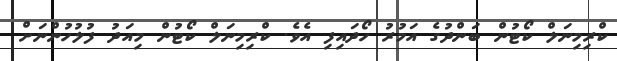
ކްރިމިނަލް ކޯޓުން ބަންދުގެ އަމުރު ހޯދައިފި އެވެ. ކްރިމިނަލް ކޯޓުން މިއަދު ފުލުހުންނަށް